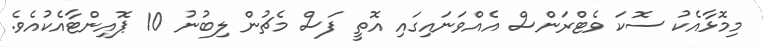
މިމޮޅާއެކު ސޮކަ ވެޓްރަންސް އެއްވަނައިގައި އޮތީ ފަސް މެޗުން ލިބުނު 10 ޕޮއިންޓާއެކުއެވެ.